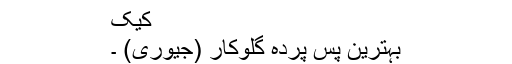
کیک
بہترین پس پردہ گلوکار (جیوری) ۔